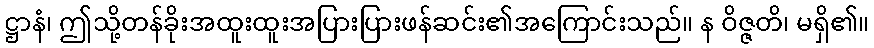
ဋ္ဌာနံ၊ ဤသို့တန်ခိုးအထူးထူးအပြားပြားဖန်ဆင်း၏အကြောင်းသည်။ န ဝိဇ္ဇတိ၊ မရှိ၏။